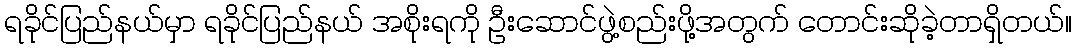
ရခိုင်ပြည်နယ်မှာ ရခိုင်ပြည်နယ် အစိုးရကို ဦးဆောင်ဖွဲ့စည်းဖို့အတွက် တောင်းဆိုခဲ့တာရှိတယ်။